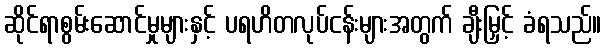
ဆိုင်ရာစွမ်းဆောင်မှုများနှင့် ပရဟိတလုပ်ငန်းများအတွက် ချီးမြှင့် ခံရသည်။